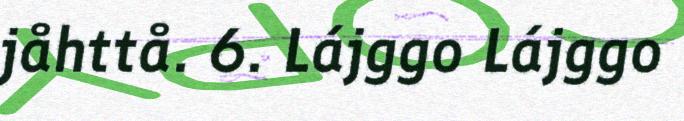
jåhttå. 6. Lájggo Lájggo